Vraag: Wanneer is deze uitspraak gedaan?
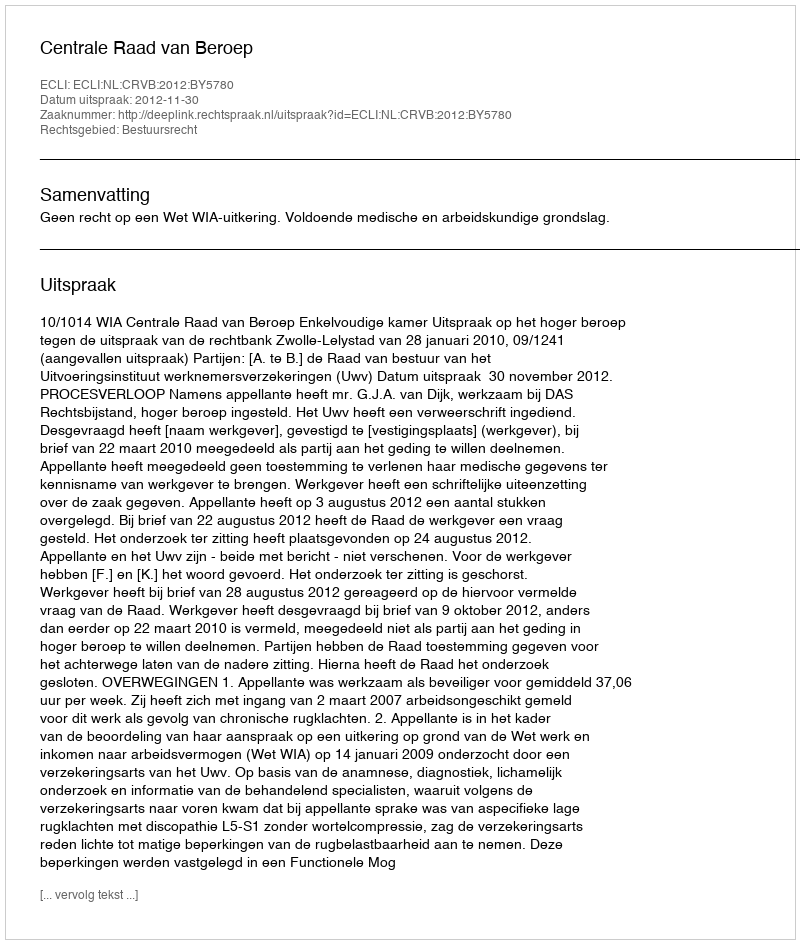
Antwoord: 2012-11-30